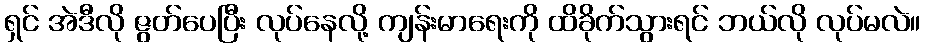
ရှင် အဲဒီလို ဇွတ်ပေပြီး လုပ်နေလို့ ကျန်းမာရေးကို ထိခိုက်သွားရင် ဘယ်လို လုပ်မလဲ။